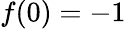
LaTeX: f(0)=-1